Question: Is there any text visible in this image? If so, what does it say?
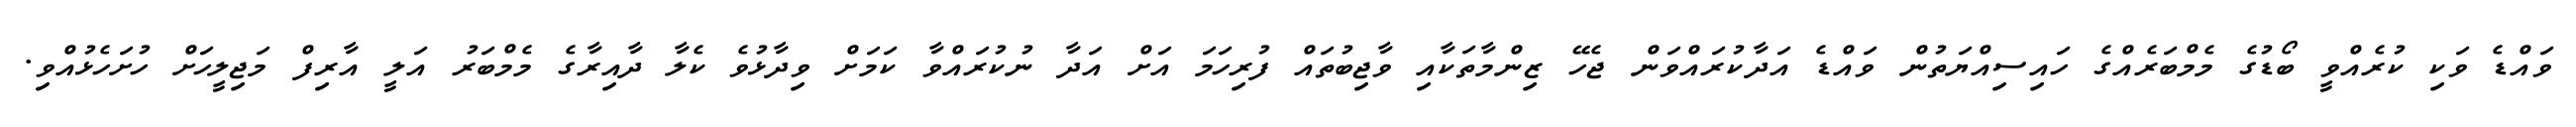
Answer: ވައްޑެ ވަކި ކުރެއްވީ ބޯޑުގެ މެމްބަރެއްގެ ހައިސިއްޔަތުން ވައްޑެ އަދާކުރައްވަން ޖެހޭ ޒިންމާތަކާއި ވާޖިބުތައް ފުރިހަމަ އަށް އަދާ ނުކުރައްވާ ކަމަށް ވިދާޅުވެ ކެލާ ދާއިރާގެ މެމްބަރު އަލީ އާރިފް މަޖިލީހަށް ހުށަހެޅުއްވި.